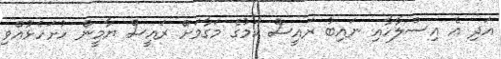
އަދި އެ އިސްލާހާއި ނައިބު ރައީސް ކަމުގެ މަގާމަށް ރައީސް ޔާމީން ހުށަހެޅުއްވި